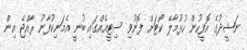
ނަޝީދުގެ އޮފީހުން ހުޅުމާލޭ ކޯޓަށް ފޮނުވި ސިޓީއެއްގައި ބުނީ އެމަނިކުފާނު ރާއްޖެ އިން